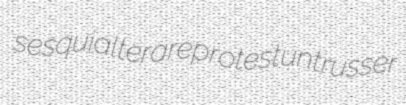
sesquialtera reprotest untrusser